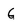
Character: G